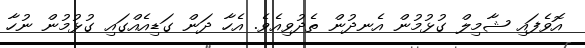
އޮވެފައި ޝާމިލް ގުޅުމުން އެނދުން ތެދުވިއެވެ. އެހާ ދަން ގަޑިއެއްގައި ގުޅުމުން ނުހާ